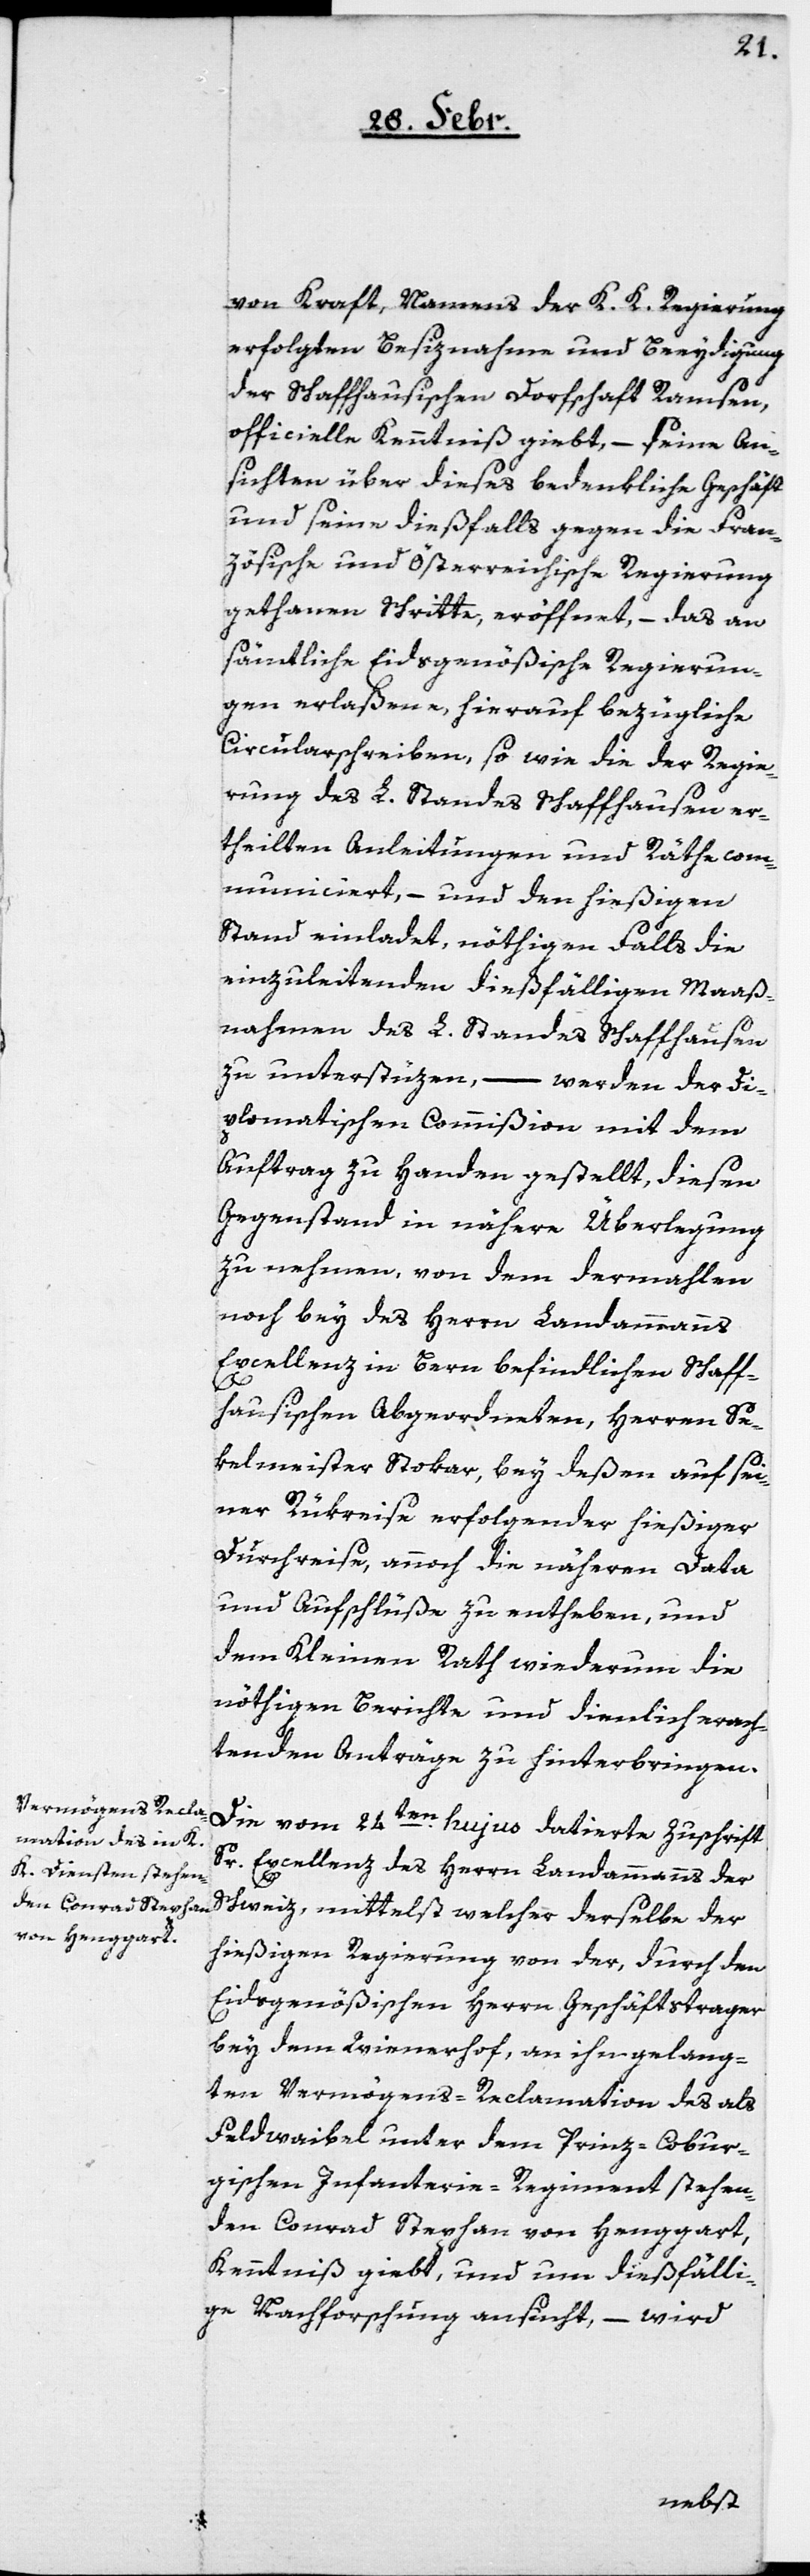
von Kraft, Namens der K. K. Regierung
erfolgten Besiznahme und Beeydigung
der Schaffhausischen Dorfschaft Ramsen,
officielle Kenntniß giebt, – seine An¬
sichten über dieses bedenkliche Geschäft
und seine dießfalls gegen die Fran¬
zösische und Österreichische Regierung
gethanen Schritte, eröffnet, – das an
sämtliche Eidsgenößische Regierun¬
gen erlaßene, hierauf bezügliche
Circularschreiben, sowie die der Regie¬
rung des L. Standes Schaffhausen er¬
teilten Anleitungen und Räthe com¬
municiert, – und den hießigen
Stand einladet, nöthigenfalls die
einzuleitenden dießfälligen Maaß¬
nahmen des L. Standes Schaffhausen
zu unterstüzen, – werden der di¬
plomatischen Commißion mit dem
Auftrag zu Handen gestellt, diesen
Gegenstand in nähere Überlegung
zu nehmen, von dem dermahlen
noch bey des Herrn Landammanns
Excellenz in Bern befindlichen Schaff¬
hausischen Abgeordneten, Herren Se¬
kelmeister Stoker, bei deßen auf sei¬
ner Rükreise erfolgender hießiger
Durchreise, annoch die näheren Data
und Aufschlüße zu entheben, und
dem Kleinen Rath wiederum die
nöthigen Berichte und dienlich erach¬
tenden Anträge zu hinterbringen.
Die vom 24ten hujus datierte Zuschrift
Sr. Excellenz des Herrn Landammanns der
Schweiz, mittelst welcher derselbe der
hießigen Regierung von der, durch den
Eidsgenößischen Herrn Geschäftstrager
bei dem Wienerhof, an ihn gelang¬
ten Vermögens-Reclamation des als
Feldweibel unter dem Prinz-Cobur¬
gischen Infanterie-Regiment stehen¬
den Conrad Stephan von Henggart,
Kenntniß giebt, und um dießfälli¬
ge Nachforschung ansucht, – wird